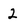
Character: 2